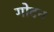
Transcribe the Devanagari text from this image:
गोदन